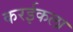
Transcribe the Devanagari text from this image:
करईकला